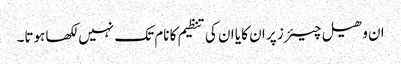
ان وھیل چیئرز پر ان کا یا ان کی تنظیم کا نام تک نہیں لکھا ہوتا۔